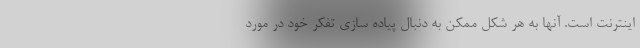
اینترنت است. آنها به هر شکل ممکن به دنبال پیاده سازی تفکر خود در مورد